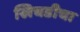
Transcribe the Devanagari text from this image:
खिचडीचा